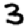
Digit: 3